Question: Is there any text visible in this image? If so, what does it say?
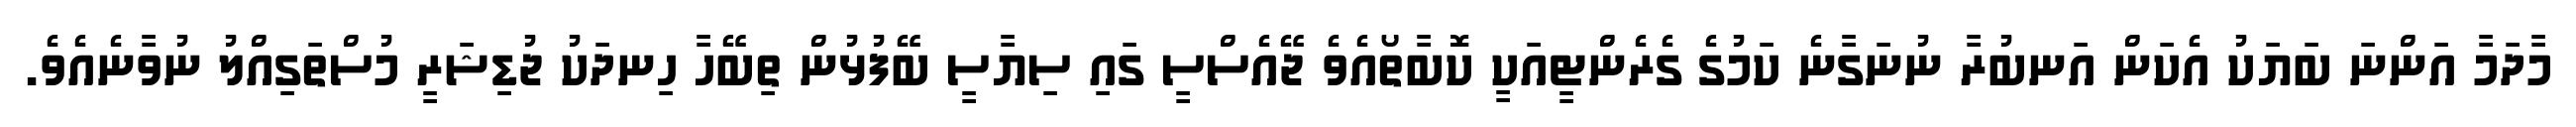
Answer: މާދަމާ އަންނަ ބަޔަކު އެކަން އަނބުރާ ނުނަގާނެ ކަމުގެ ގެރެންޓީއަކީ ކޮބާތޯއެވެ ޖޭއެސްސީ ގައި ސިޔާސީ ބޭފުޅުން ތިބޭހާ ހިނދަކު ޖުޑިޝަރީ މުސްތަގިއްލު ނުވާނެއެވެ.